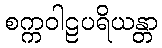
စက္ကဝါဠပရိယန္တာ